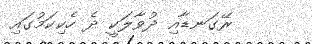
ރޭގަނޑާއި ދުވާލަކީ ދެ ހެކިކަމުގައި